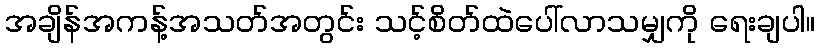
အချိန်အကန့်အသတ်အတွင်း သင့်စိတ်ထဲပေါ်လာသမျှကို ရေးချပါ။